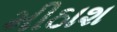
મીઠાશ